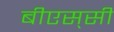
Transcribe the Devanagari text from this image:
बीएस्‌सी